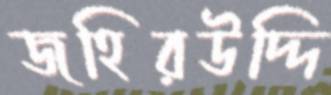
জহিরউদ্দি